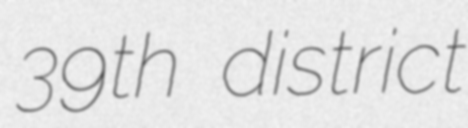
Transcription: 39th district